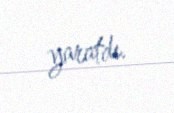
yaratdı.